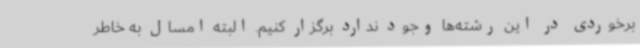
برخوردی در این رشته‌ها وجود ندارد برگزار کنیم. البته امسال به خاطر